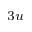
_ { 3 u }